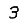
Digit: 3